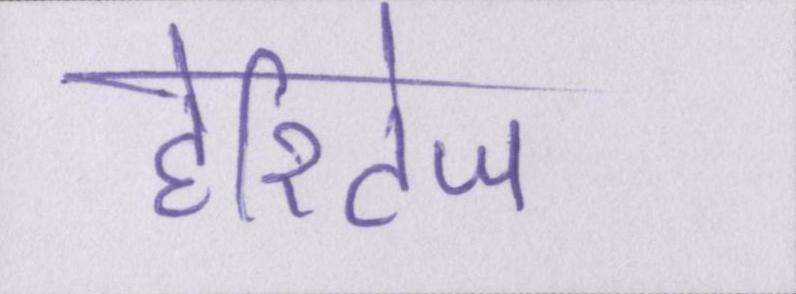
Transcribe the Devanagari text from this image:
हेरिटेज